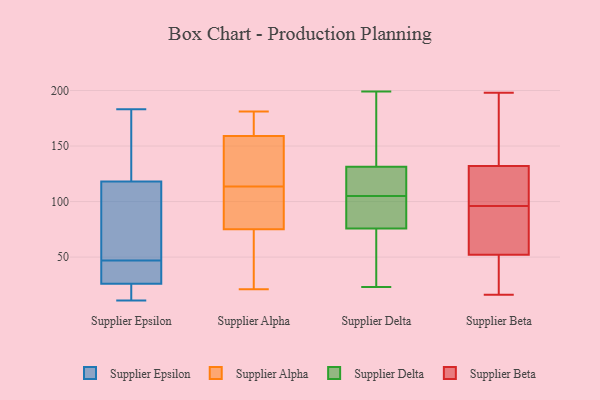
{"axis": {"x": "Conversion Rate (%)", "y": "Value"}, "legend": ["Supplier Alpha", "Supplier Beta", "Supplier Delta", "Supplier Epsilon"], "data": [{"x": "", "y": 25, "type": "Supplier Epsilon"}, {"x": "", "y": 175, "type": "Supplier Epsilon"}, {"x": "", "y": 174, "type": "Supplier Epsilon"}, {"x": "", "y": 16, "type": "Supplier Epsilon"}, {"x": "", "y": 26, "type": "Supplier Epsilon"}, {"x": "", "y": 70, "type": "Supplier Epsilon"}, {"x": "", "y": 64, "type": "Supplier Epsilon"}, {"x": "", "y": 50, "type": "Supplier Epsilon"}, {"x": "", "y": 165, "type": "Supplier Epsilon"}, {"x": "", "y": 11, "type": "Supplier Epsilon"}, {"x": "", "y": 34, "type": "Supplier Epsilon"}, {"x": "", "y": 118, "type": "Supplier Epsilon"}, {"x": "", "y": 183, "type": "Supplier Epsilon"}, {"x": "", "y": 33, "type": "Supplier Epsilon"}, {"x": "", "y": 16, "type": "Supplier Epsilon"}, {"x": "", "y": 35, "type": "Supplier Epsilon"}, {"x": "", "y": 118, "type": "Supplier Epsilon"}, {"x": "", "y": 44, "type": "Supplier Epsilon"}, {"x": "", "y": 110, "type": "Supplier Alpha"}, {"x": "", "y": 75, "type": "Supplier Alpha"}, {"x": "", "y": 29, "type": "Supplier Alpha"}, {"x": "", "y": 107, "type": "Supplier Alpha"}, {"x": "", "y": 33, "type": "Supplier Alpha"}, {"x": "", "y": 118, "type": "Supplier Alpha"}, {"x": "", "y": 161, "type": "Supplier Alpha"}, {"x": "", "y": 99, "type": "Supplier Alpha"}, {"x": "", "y": 160, "type": "Supplier Alpha"}, {"x": "", "y": 135, "type": "Supplier Alpha"}, {"x": "", "y": 21, "type": "Supplier Alpha"}, {"x": "", "y": 66, "type": "Supplier Alpha"}, {"x": "", "y": 117, "type": "Supplier Alpha"}, {"x": "", "y": 159, "type": "Supplier Alpha"}, {"x": "", "y": 168, "type": "Supplier Alpha"}, {"x": "", "y": 181, "type": "Supplier Alpha"}, {"x": "", "y": 142, "type": "Supplier Alpha"}, {"x": "", "y": 79, "type": "Supplier Alpha"}, {"x": "", "y": 90, "type": "Supplier Delta"}, {"x": "", "y": 120, "type": "Supplier Delta"}, {"x": "", "y": 115, "type": "Supplier Delta"}, {"x": "", "y": 146, "type": "Supplier Delta"}, {"x": "", "y": 135, "type": "Supplier Delta"}, {"x": "", "y": 23, "type": "Supplier Delta"}, {"x": "", "y": 71, "type": "Supplier Delta"}, {"x": "", "y": 188, "type": "Supplier Delta"}, {"x": "", "y": 105, "type": "Supplier Delta"}, {"x": "", "y": 105, "type": "Supplier Delta"}, {"x": "", "y": 24, "type": "Supplier Delta"}, {"x": "", "y": 199, "type": "Supplier Delta"}, {"x": "", "y": 104, "type": "Supplier Delta"}, {"x": "", "y": 48, "type": "Supplier Delta"}, {"x": "", "y": 99, "type": "Supplier Delta"}, {"x": "", "y": 49, "type": "Supplier Beta"}, {"x": "", "y": 136, "type": "Supplier Beta"}, {"x": "", "y": 18, "type": "Supplier Beta"}, {"x": "", "y": 45, "type": "Supplier Beta"}, {"x": "", "y": 59, "type": "Supplier Beta"}, {"x": "", "y": 96, "type": "Supplier Beta"}, {"x": "", "y": 16, "type": "Supplier Beta"}, {"x": "", "y": 176, "type": "Supplier Beta"}, {"x": "", "y": 145, "type": "Supplier Beta"}, {"x": "", "y": 58, "type": "Supplier Beta"}, {"x": "", "y": 55, "type": "Supplier Beta"}, {"x": "", "y": 198, "type": "Supplier Beta"}, {"x": "", "y": 120, "type": "Supplier Beta"}, {"x": "", "y": 79, "type": "Supplier Beta"}, {"x": "", "y": 96, "type": "Supplier Beta"}, {"x": "", "y": 100, "type": "Supplier Beta"}, {"x": "", "y": 51, "type": "Supplier Beta"}, {"x": "", "y": 166, "type": "Supplier Beta"}, {"x": "", "y": 116, "type": "Supplier Beta"}]}